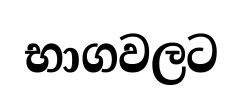
භාගවලට